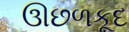
ઊછળકૂદ